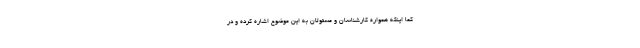
کما اینکه همواره کارشناسان و مسئولان به این موضوع اشاره کرده و در